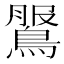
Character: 𪂖